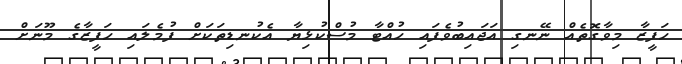
ހަފީޒާ މިވާގޮތެއް ނޭނގި އަޖައިބުވެފައި ހުއްޓާ މުސްކުޅިޔާ އެކުނޑިތަކަށް ފުމެލައި ހަފީޒާގެ މޫނަށް